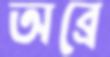
অব্রে